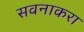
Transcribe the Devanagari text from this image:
सवनाकरा